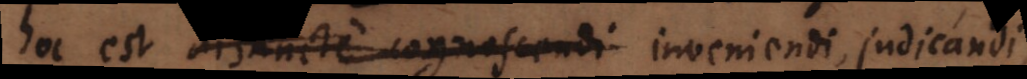
hoc est distincte cognoscendi inveniendi, judicandi,